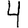
Digit: 4